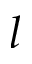
l